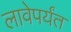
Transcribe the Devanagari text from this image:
लावेपर्यंत